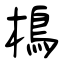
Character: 樢